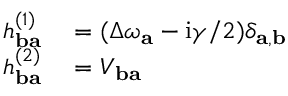
\begin{array} { r l } { h _ { \mathbf { b a } } ^ { ( 1 ) } } & { { } = ( \Delta \omega _ { \mathbf { a } } - \mathrm { i } \gamma / 2 ) \delta _ { \mathbf { a } , \mathbf { b } } } \\ { h _ { \mathbf { b a } } ^ { ( 2 ) } } & { { } = V _ { \mathbf { b a } } } \end{array}